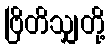
ဗြိတိသျှတို့